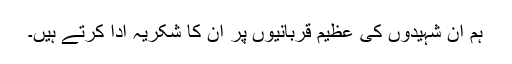
ہم ان شہیدوں کی عظیم قربانیوں پر ان کا شکریہ ادا کرتے ہیں۔